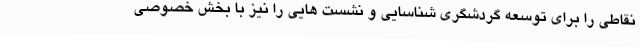
نقاطی را برای توسعه گردشگری شناسایی و نشست هایی را نیز با بخش خصوصی